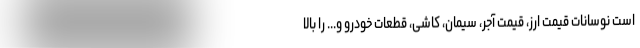
است نوسانات قیمت ارز، قیمت آجر، سیمان، کاشی، قطعات خودرو و... را بالا